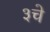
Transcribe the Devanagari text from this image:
३चे